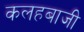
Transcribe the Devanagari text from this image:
कलहबाजी